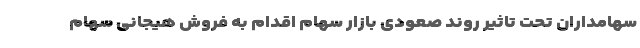
سهامداران تحت تاثیر روند صعودی بازار سهام اقدام به فروش هیجانی سهام